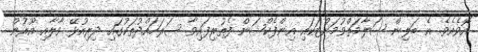
އޮވެއެވެ. އެ ބަލިން ސަލާމަތްވުމަށްޓަކައި އިންފެކްޝަން ފެތުރިފައިވާ ސަރަހައްދުތަކުގައި ދިރިއުޅޭ ވާލާއި އޫރުން